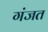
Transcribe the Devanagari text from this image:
गंजत